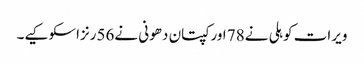
ویرات کوہلی نے78 اورکپتان دھونی نے56رنزاسکوکیے۔